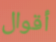
أقوال